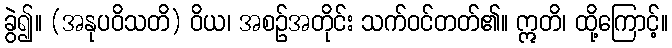
ခွဲ၍။ (အနုပဝိသတိ) ဝိယ၊ အစဉ်အတိုင်း သက်ဝင်တတ်၏။ ဣတိ၊ ထို့ကြောင့်။